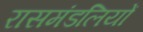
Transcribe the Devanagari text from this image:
रासमंडलियों